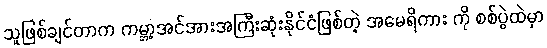
သူဖြစ်ချင်တာက ကမ္ဘာ့အင်အားအကြီးဆုံးနိုင်ငံဖြစ်တဲ့ အမေရိကား ကို စစ်ပွဲထဲမှာ